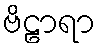
ဗိဠာရာ